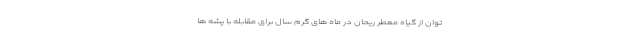
توان از گیاه معطر ریحان در ماه های گرم سال برای مقابله با پشه ها